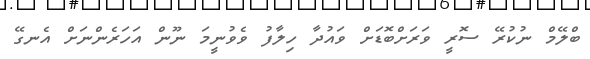
ބްލޭމް ނުކުރޭ ސޮރީ ވަރަށްބޮޑަށް ވައުދާ ހިލާފު ވެވުނީމަ ނޫން އަހަރެންނަށް އެނގޭ